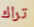
تراك